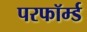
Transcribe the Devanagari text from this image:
परफॉर्म्ड